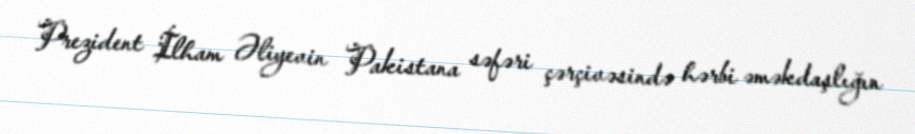
Prezident İlham Əliyevin Pakistana səfəri çərçivəsində hərbi əməkdaşlığın